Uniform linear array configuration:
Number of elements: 32
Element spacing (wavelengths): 0.25
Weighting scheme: binomial
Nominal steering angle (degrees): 0
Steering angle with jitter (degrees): -1.555
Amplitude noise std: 0.05
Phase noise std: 0.05

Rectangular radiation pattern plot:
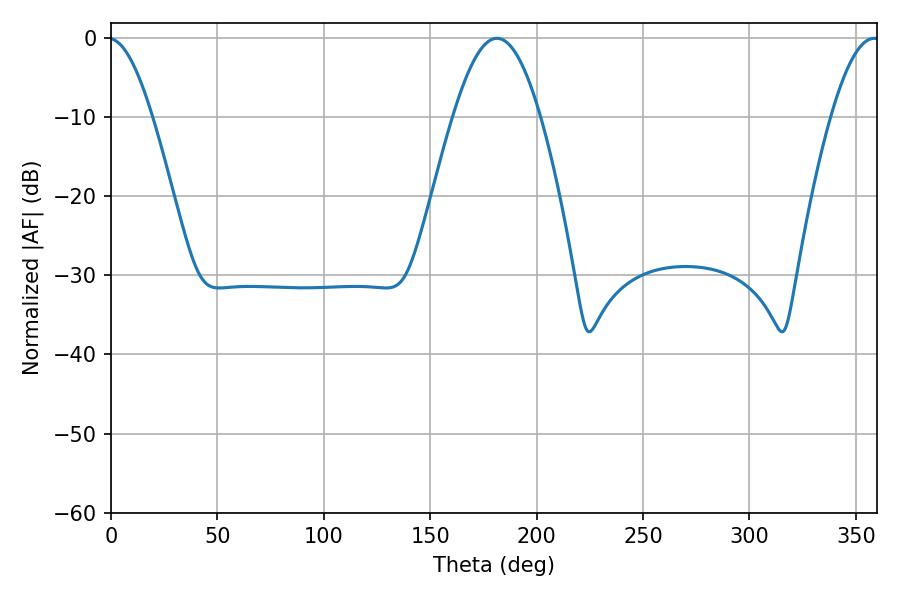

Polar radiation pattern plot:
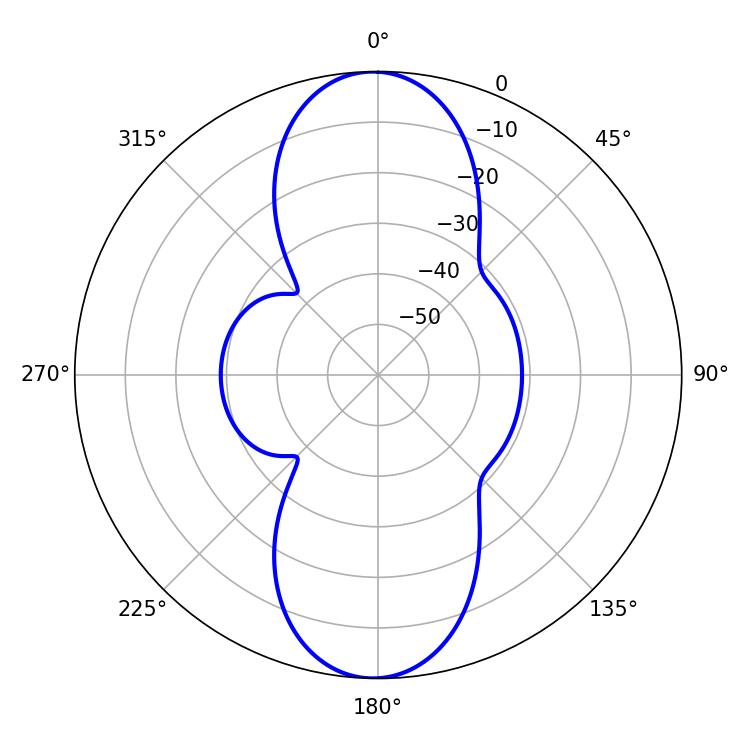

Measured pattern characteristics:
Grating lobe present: FALSE
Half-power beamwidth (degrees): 22.14
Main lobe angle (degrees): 181.44